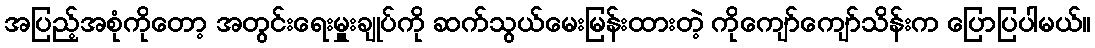
အပြည့်အစုံကိုတော့ အတွင်းရေးမှူးချုပ်ကို ဆက်သွယ်မေးမြန်းထားတဲ့ ကိုကျော်ကျော်သိန်းက ပြောပြပါမယ်။